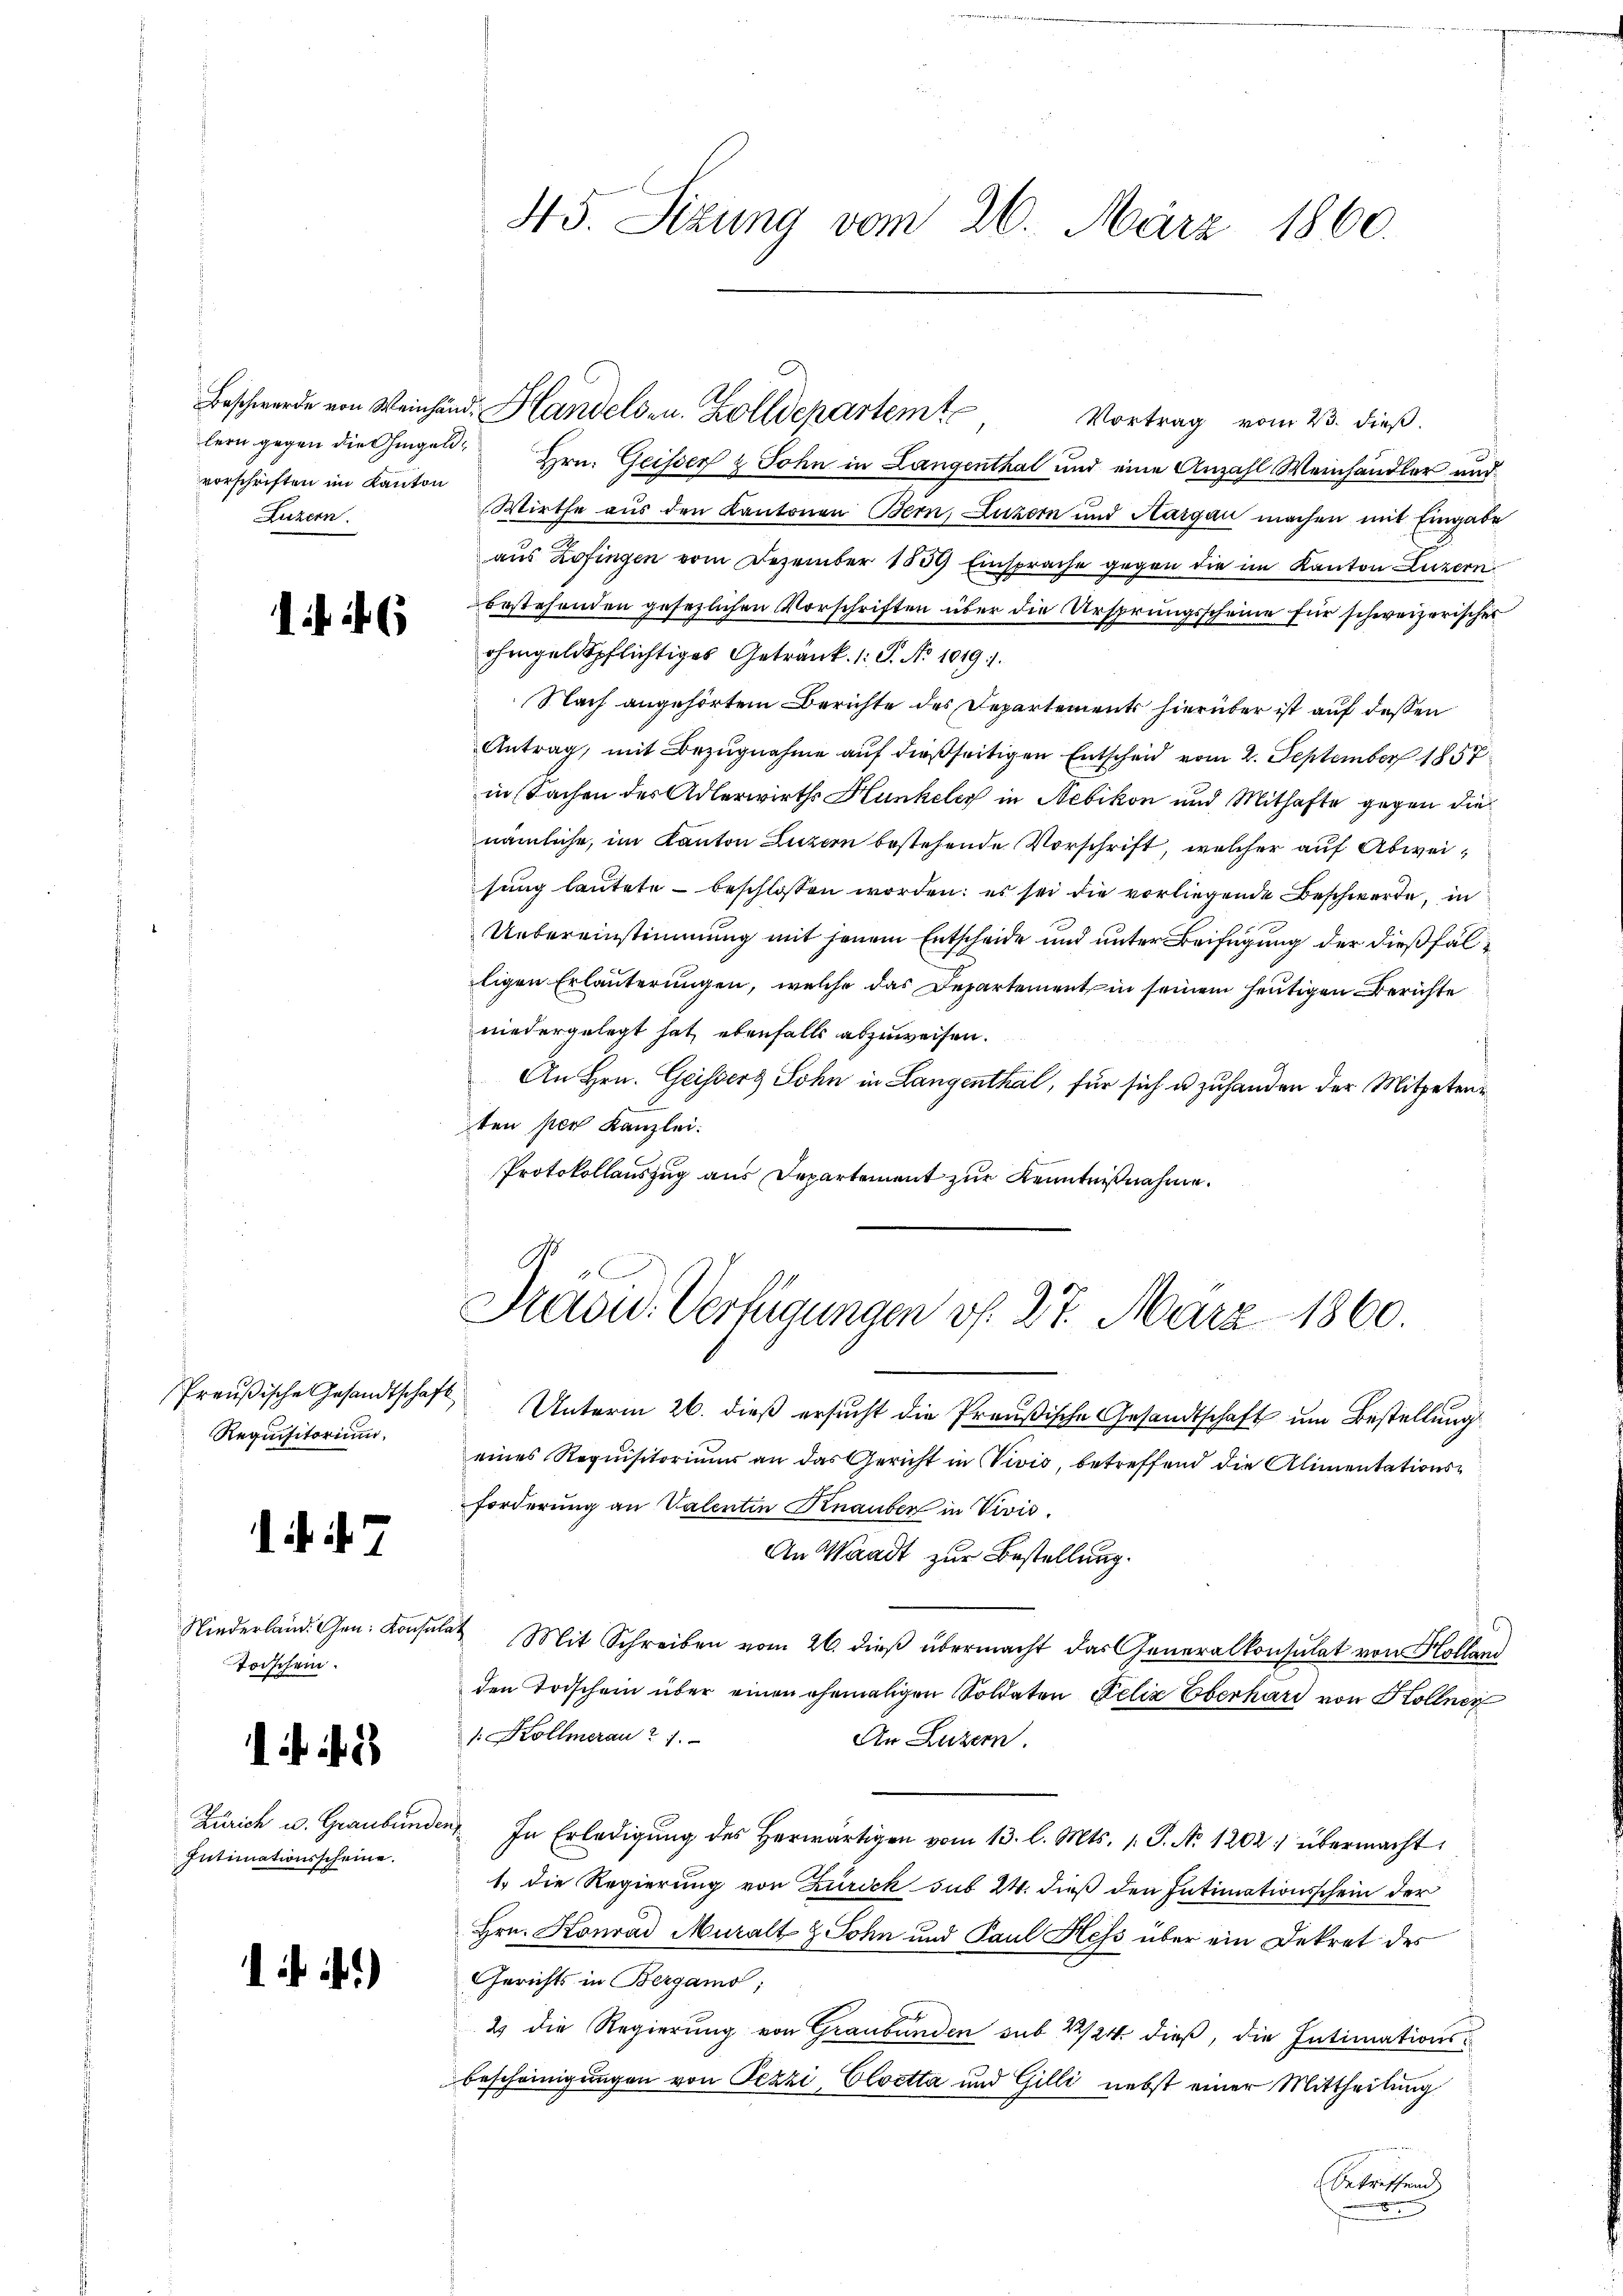
vorschriften im Kanton
Luzern.

6

Requisitorium

d. . . 7

Niederland. Gen. Konsul
Torschein.

2

Zürich u. Graubünde
Intimationsscheine.

1.)

45. Sizung vom 26. März 1860.

Vortrag vom 23. dieß.
lern gegen die Chingen Hrn. Geisser & Sohn in Langenthal und eine Anzahl Weinhändler und
Wirthe aus den Kantonen Bern, Luzern und Aargau machen mit Eingabe
aus Zofingen vom Dezember 1859 Einsprache gegen die im Kanton Luzern
bestehenden gesezlichen Vorschriften über die Ursprungsscheine für schweizerisches
ohingeldspflichtiges Getränk. 1: P. No 1019.1.
Nach angehörtem Berichte des Departements hierüber ist auf deßen
Antrag, mit Bezugnahme auf dießseitigen Entscheid vom 2. September 1857
in Sachen des Adlerwirths Hunkeler in Nebikon und Mithafte gegen die
nämliche, im Kanton Luzern bestehende Vorschrift, welcher auf Abweisung lautete - beschlossen worden; es sei die vorliegende Beschwerde, in
Uebereinstimmung mit jenem Entscheide und unter Beifügung der dießfälligen Erläuterungen, welche das Departement in seinem heutigen Berichte
niedergelegt hat ebenfalls abzuweisen.
An Hrn. Geissers Lohn in Langenthal, für sich u. zuhanden der Mitpetenten per Kanzlei:
Protokollauszug aus Departement zur Kenntnißnahme.
Präsid. Verfügungen v. 27. März 1860.
Preŭβische Gesandtschaft Unterm 26. dieβ ersŭcht die Preußische Gesandtschaft um Bestellung
eines Requisitoriums an das Gericht in Vivis, betreffend die Alimentationsforderung an Valentin Knauber in Divis.
An Waadt zur Bestellung.
u Mit Schreiben vom 26. dieß übermacht das Generalkonsulat von Hollani
den Trischein über einen ehemaligen Soldaten Felix Eberhard von Kollner
: Kollmerau & 1.
An Luzern.
In Erledigŭng des herwärtigen vom 13. l. Mts. s. S. No 1202. übermacht
1. die Regierung von Zürich sub 24. dieß den Intimationsschein der
Hrn. Konrad Muralt & Sohn und Paul Hess über ein Dekret des
Gerichts in Bergamo;
2 die Regierung von Graubünden sub 22/24. dieß, die Intimationsbescheinigungen von Pezzi, Cloetta und Gilli nebst einer Mittheilung
betreffend

Beschwerde von Weinhänd. Handelsen. Zolldepartemte